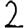
Digit: 2